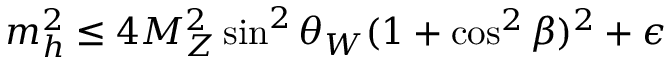
m _ { h } ^ { 2 } \leq 4 M _ { Z } ^ { 2 } \sin ^ { 2 } \theta _ { W } ( 1 + \cos ^ { 2 } \beta ) ^ { 2 } + \epsilon